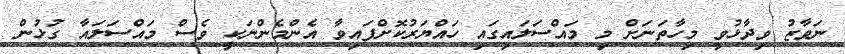
ނަވާޒު ވިދާޅުވީ މިހާތަނަށް މި މައްސަލައިގައި ހައްޔަރުކޮށްފައިވާ އެންމެންނަކީ ވެސް މައްސަލައާ ގުޅުން